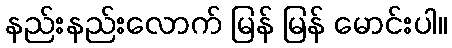
နည်းနည်းလောက် မြန် မြန် မောင်းပါ။